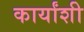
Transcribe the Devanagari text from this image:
कार्यांशी